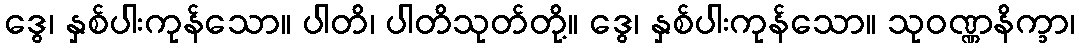
ဒွေ၊ နှစ်ပါးကုန်သော။ ပါတိ၊ ပါတိသုတ်တို့။ ဒွေ၊ နှစ်ပါးကုန်သော။ သုဝဏ္ဏနိက္ခာ၊